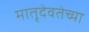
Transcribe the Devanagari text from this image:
मातृदेवतेच्या